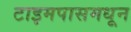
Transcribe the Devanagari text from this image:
टाइमपासमधून